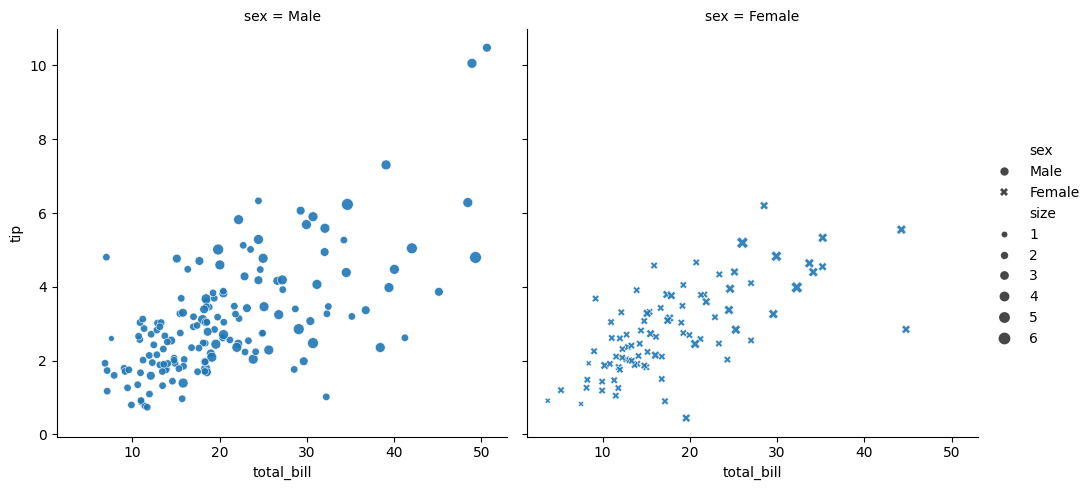
python, seaborn, relplot, alpha=0.9